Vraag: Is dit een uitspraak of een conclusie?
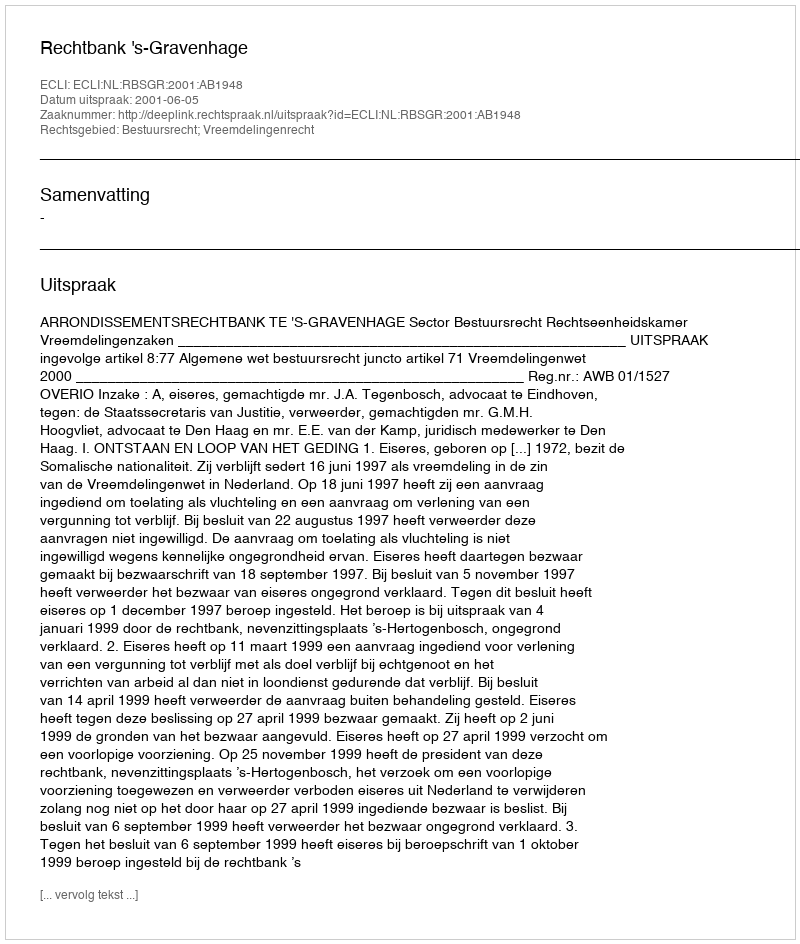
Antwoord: Uitspraak